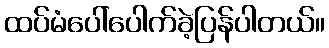
ထပ်မံပေါ်ပေါက်ခဲ့ပြန်ပါတယ်။